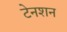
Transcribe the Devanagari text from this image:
टेनशन